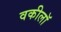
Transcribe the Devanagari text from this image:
वकीलॉ